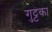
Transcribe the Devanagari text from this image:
गुट्टका